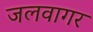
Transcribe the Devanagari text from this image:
जलवागर